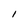
Character: I